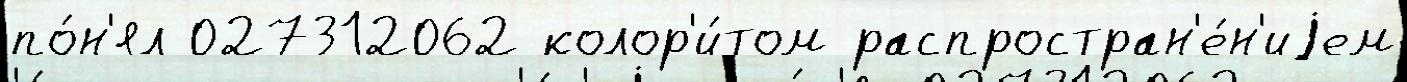
по́н'ял 027312062 колор'и́том распростран'е́н'иjем